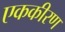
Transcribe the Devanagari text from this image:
एककीरण